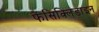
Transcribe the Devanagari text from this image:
फेंसिक्लिडाइन